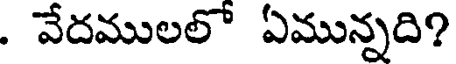
. వేదములలో ఏమున్నది?